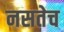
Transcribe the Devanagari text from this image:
नसतेच